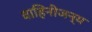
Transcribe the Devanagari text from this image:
वाहिनीजन्य